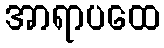
အာရာပထေ